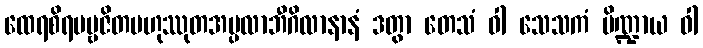
ထေရစိရပဗ္ဗဇိတဗဟုဿုတအပ္ပလာဘီဂိလာနာနံ ဒတွာ တေသံ ဝါ သေသကံ ပိဏ္ဍာယ ဝါ